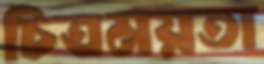
চিত্রময়তা